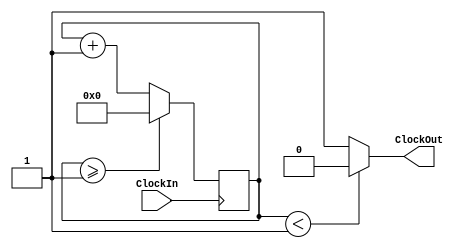
//////////////////////////////////////////////////////////////////////////////
// Module : ClockDivider
// Purpose: Divides the input clock resulting in a lower frequency
//        : output clock
//////////////////////////////////////////////////////////////////////////////
module ClockDivider
(
  ClockIn,
  ClockOut
);

//////////////////////////////////////////////////////////////////////////////
// Inputs / Outputs
//////////////////////////////////////////////////////////////////////////////
input ClockIn; // input clock on FPGA
output ClockOut; // output clock after dividing the input clock by divisor

//////////////////////////////////////////////////////////////////////////////
// Parameters
//////////////////////////////////////////////////////////////////////////////
parameter DIVISOR = 28'd2;  // Default divisor, can be overridden

//////////////////////////////////////////////////////////////////////////////
// Registers
//////////////////////////////////////////////////////////////////////////////
reg[27:0] _counter = 28'd0; // 50 MHz Clock needs 28-bit counter

// The frequency of the output ClockOut = the frequency of the input ClockIn 
// divided by DIVISOR.
// For example:
// Assume: FClockIn = 50MHz,
// Desired: FClockOut = 1Hz
// The DIVISOR parameter value to 28'd50.000.000
// Then the frequency of the output ClockOut = 50MHz/50.000.000 = 1Hz
always @(posedge ClockIn)
begin
  _counter <= _counter + 28'd1;
  
  if(_counter >= (DIVISOR - 1))
  begin
    _counter <= 28'd0;
  end
end
  
// We want the duty cycle to be the same. Half the cycle is one
// while the other have is zero.
assign ClockOut = (_counter < DIVISOR / 2) ? 1'b0 : 1'b1;

endmodule